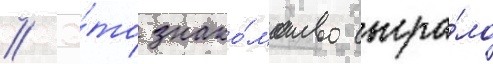
// Э́то знако́мство сыгра́ло